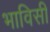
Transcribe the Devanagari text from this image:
भाविसी